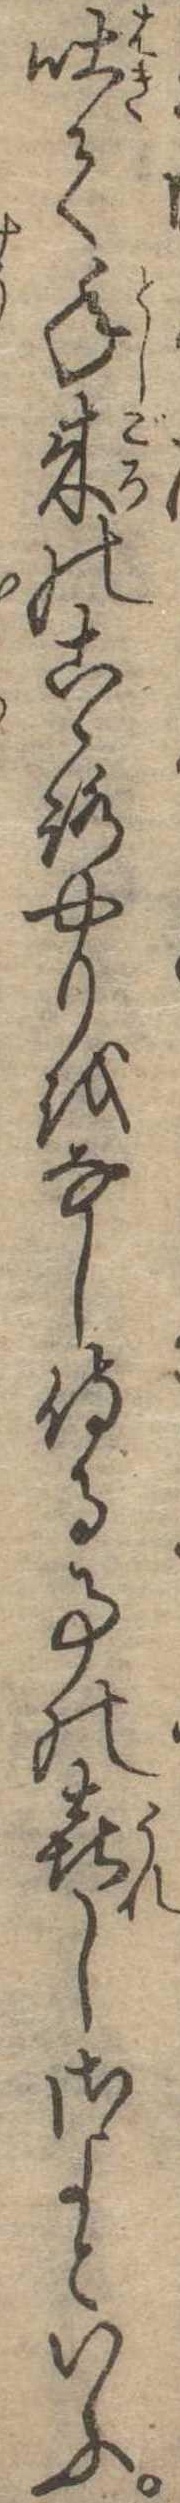
吐て年来のこゝろやりをなし侍る事の喜しさよといふ